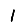
Digit: 1